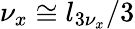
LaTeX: \nu_{x}\cong l_{3\nu_{x}}/3